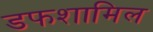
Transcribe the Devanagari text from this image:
डफशामिल